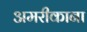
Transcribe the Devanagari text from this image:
अमरीकाना